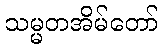
သမ္မတအိမ်တော်